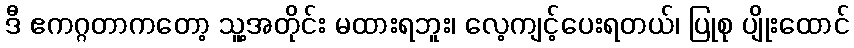
ဒီ ဧကဂ္ဂတာကတော့ သူ့အတိုင်း မထားရဘူး၊ လေ့ကျင့်ပေးရတယ်၊ ပြုစု ပျိုးထောင်